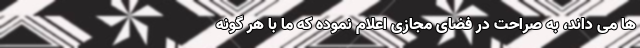
‌ها می ‌داند، به صراحت در فضای مجازی اعلام نموده که ما با هر گونه